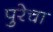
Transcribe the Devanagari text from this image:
पुरेचा